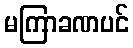
မကြာခဏပင်